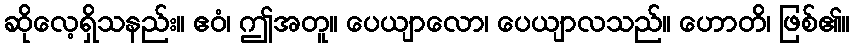
ဆိုလေ့ရှိသနည်း။ ဧဝံ၊ ဤအတူ။ ပေယျာလော၊ ပေယျာလသည်။ ဟောတိ၊ ဖြစ်၏။